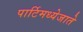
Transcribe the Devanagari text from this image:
पार्टिमध्येजाते